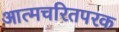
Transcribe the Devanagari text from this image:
आत्मचरितपरक